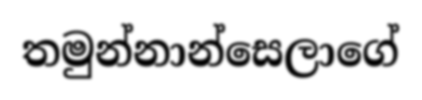
තමුන්නාන්සෙලාගේ